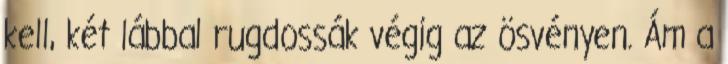
kell, két lábbal rugdossák végig az ösvényen. Ám a